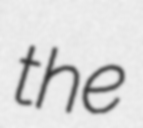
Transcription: the